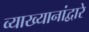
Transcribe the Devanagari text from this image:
व्याख्यानांद्वारे